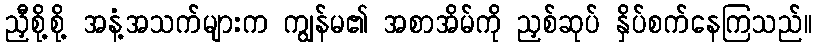
ညှီစို့စို့ အနံ့အသက်များက ကျွန်မ၏ အစာအိမ်ကို ညှစ်ဆုပ် နှိပ်စက်နေကြသည်။